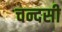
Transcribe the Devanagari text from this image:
चन्दसी